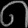
Digit: ၈